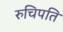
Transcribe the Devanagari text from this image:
रुचिपति